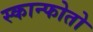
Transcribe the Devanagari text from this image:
स्कान्फोतो